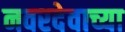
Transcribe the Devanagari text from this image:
नवरदेवाच्या